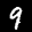
Label: 9